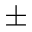
\pm